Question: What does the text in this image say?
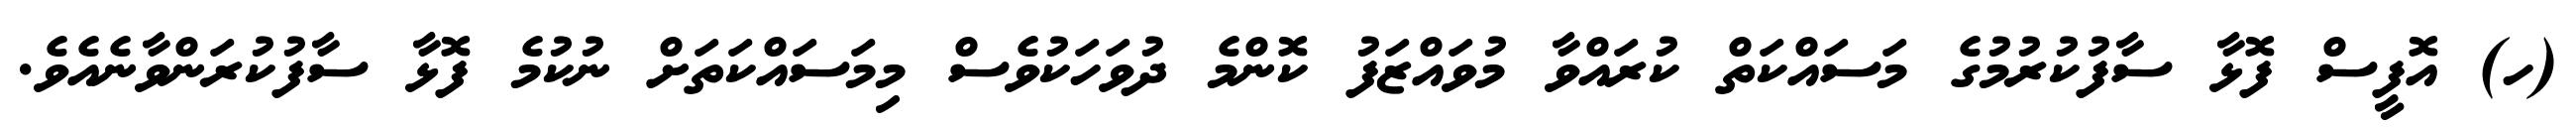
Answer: (ހ) އޮފީސް ފޮޅާ ސާފުކުރުމުގެ މަސައްކަތް ކުރައްވާ މުވައްޒަފު ކޮންމެ ދުވަހަކުވެސް މިމަސައްކަތަށް ނުކުމެ ފޮޅާ ސާފުކުރަންވާނެއެވެ.